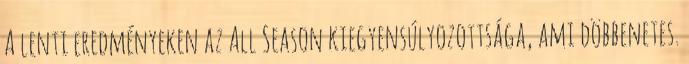
A lenti eredményeken az All Season kiegyensúlyozottsága, ami döbbenetes.